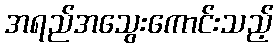
အရည်အသွေးကောင်းသည့်